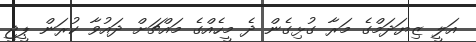
އަލީ ޒިޔަދަމްގެ މަރާ ގުޅިގެން ދެ މީހެއްގެ މައްޗަށް ދައުވާ ކުރަން ޕީޖީ